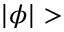
\vert \phi \vert >